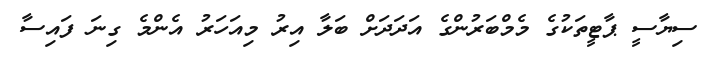
ސިޔާސީ ޕާޓީތަކުގެ މެމްބަރުންގެ އަދަދަށް ބަލާ އިރު މިއަހަރު އެންމެ ގިނަ ފައިސާ